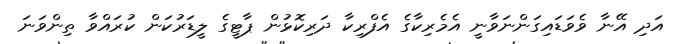
އަދި އޭނާ ވެވަޑައިގަންނަވާނީ އެމެރިކާގެ އެފްރިކާ ދަރިކޮޅުން ޕާޓީގެ ލީޑަރުކަން ކުރައްވާ ތިންވަނަ